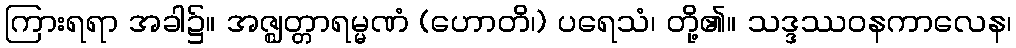
ကြားရရာ အခါ၌။ အဇ္ဈတ္တာရမ္မဏံ (ဟောတိ၊) ပရေသံ၊ တို့၏။ သဒ္ဒဿဝနကာလေန၊